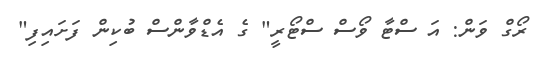
ރޯގް ވަން: އަ ސްޓާ ވޯސް ސްޓޯރީ" ގެ އެޑްވާންސް ބުކިން ފަށައިފި"